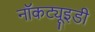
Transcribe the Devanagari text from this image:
नॉकट्यूइडी